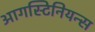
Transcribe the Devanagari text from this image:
आगस्टिनियन्स